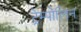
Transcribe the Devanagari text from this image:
ट्रेम्पोलिन